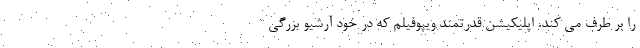
را بر طرف می کند. اپلیکیشن قدرتمند ویپوفیلم که در خود آرشیو بزرگی